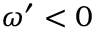
\omega ^ { \prime } < 0